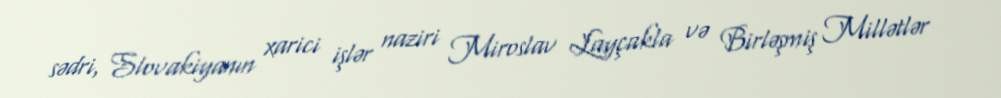
sədri, Slovakiyanın xarici işlər naziri Miroslav Layçakla və Birləşmiş Millətlər